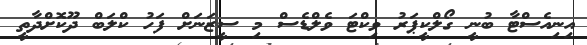
އިނިއެސްޓާ ބުނީ ގޯލްކީޕަރު ވިކްޓަ ވެލްޑެސް މި ސީޒަނަށް ފަހު ކްލަބް ދޫކޮށްދާތީ